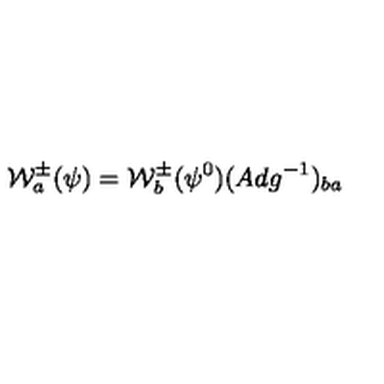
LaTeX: { \cal W } _ { a } ^ { \pm } ( \psi ) = { \cal W } _ { b } ^ { \pm } ( \psi ^ { 0 } ) ( A d g ^ { - 1 } ) _ { b a } \,